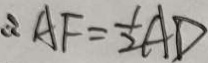
\therefore A F = \frac { 1 } { 2 } A D